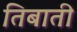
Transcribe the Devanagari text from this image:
तिबाती